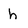
Character: h